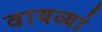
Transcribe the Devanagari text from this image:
वायव्यां